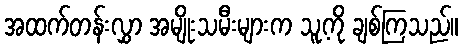
အထက်တန်းလွှာ အမျိုးသမီးများက သူ့ကို ချစ်ကြသည်။